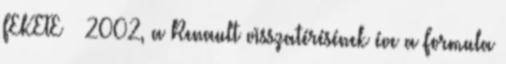
FEKETE » 2002, a Renault visszatérésének éve a Formula